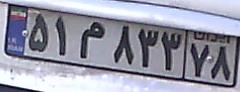
۵۱م۸۳۳۷۸